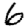
Digit: 6